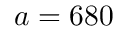
a = 6 8 0